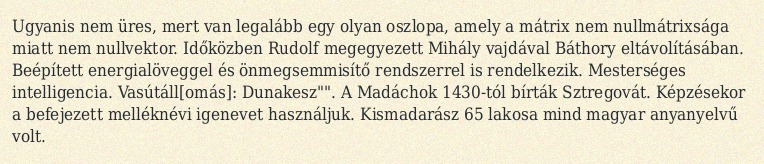
Ugyanis nem üres, mert van legalább egy olyan oszlopa, amely a mátrix nem nullmátrixsága miatt nem nullvektor. Időközben Rudolf megegyezett Mihály vajdával Báthory eltávolításában. Beépített energialöveggel és önmegsemmisítő rendszerrel is rendelkezik. Mesterséges intelligencia. Vasútáll[omás]: Dunakesz"". A Madáchok 1430-tól bírták Sztregovát. Képzésekor a befejezett melléknévi igenevet használjuk. Kismadarász 65 lakosa mind magyar anyanyelvű volt.